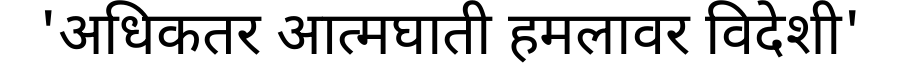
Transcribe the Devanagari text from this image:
'अधिकतर आत्मघाती हमलावर विदेशी'